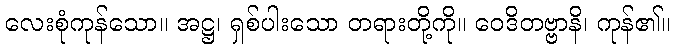
လေးစုံကုန်သော။ အဋ္ဌ၊ ရှစ်ပါးသော တရားတို့ကို။ ဝေဒိတဗ္ဗာနိ၊ ကုန်၏။